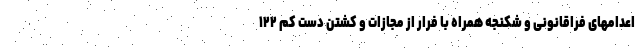
اعدامهای فراقانونی و شکنجه همراه با فرار از مجازات و کشتن دست کم ۱۲۲